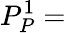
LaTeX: P_{P}^{1}=